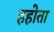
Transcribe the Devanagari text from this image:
हहोता